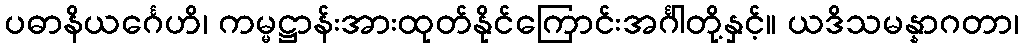
ပဓာနိယင်္ဂေဟိ၊ ကမ္မဋ္ဌာန်းအားထုတ်နိုင်ကြောင်းအင်္ဂါတို့နှင့်။ ယဒိသမန္နာဂတာ၊